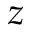
z